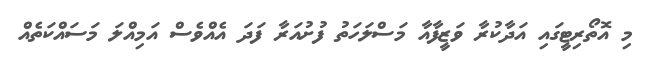
މި އޮތޯރިޓީގައި އަދާކުރާ ވަޒީފާއާ މަސްލަހަތު ފުށުއަރާ ފަދަ އެއްވެސް އަމިއްލަ މަސައްކަތެއް